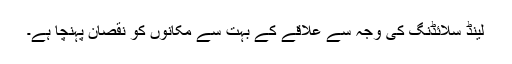
لینڈ سلائڈنگ کی وجہ سے علاقے کے بہت سے مکانوں کو نقصان پہنچا ہے۔